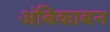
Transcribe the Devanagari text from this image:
अंबिकाबन